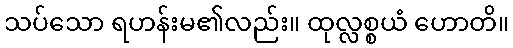
သပ်သော ရဟန်းမ၏လည်း။ ထုလ္လစ္စယံ ဟောတိ။